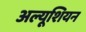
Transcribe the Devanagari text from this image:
अल्यूशियन